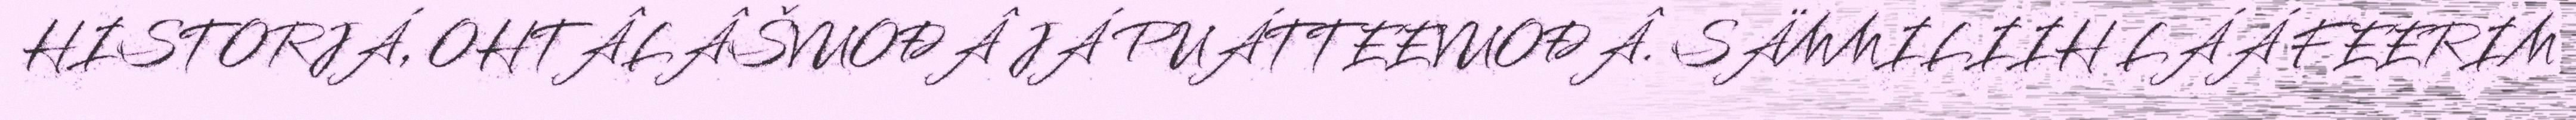
HISTORJÁ, OHTÂLÂŠVUOĐÂ JÁ PUÁTTEEVUOĐÂ. SÄMMILIIH LÁÁ FEERIM